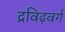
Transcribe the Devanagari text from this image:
द्रविढ़वर्ग